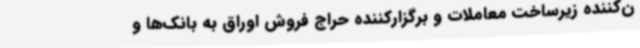
ن‌کننده زیرساخت معاملات و برگزارکننده حراج فروش اوراق به بانک‌ها و